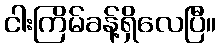
ငါးကြိမ်ခန့်ရှိလေပြီ။